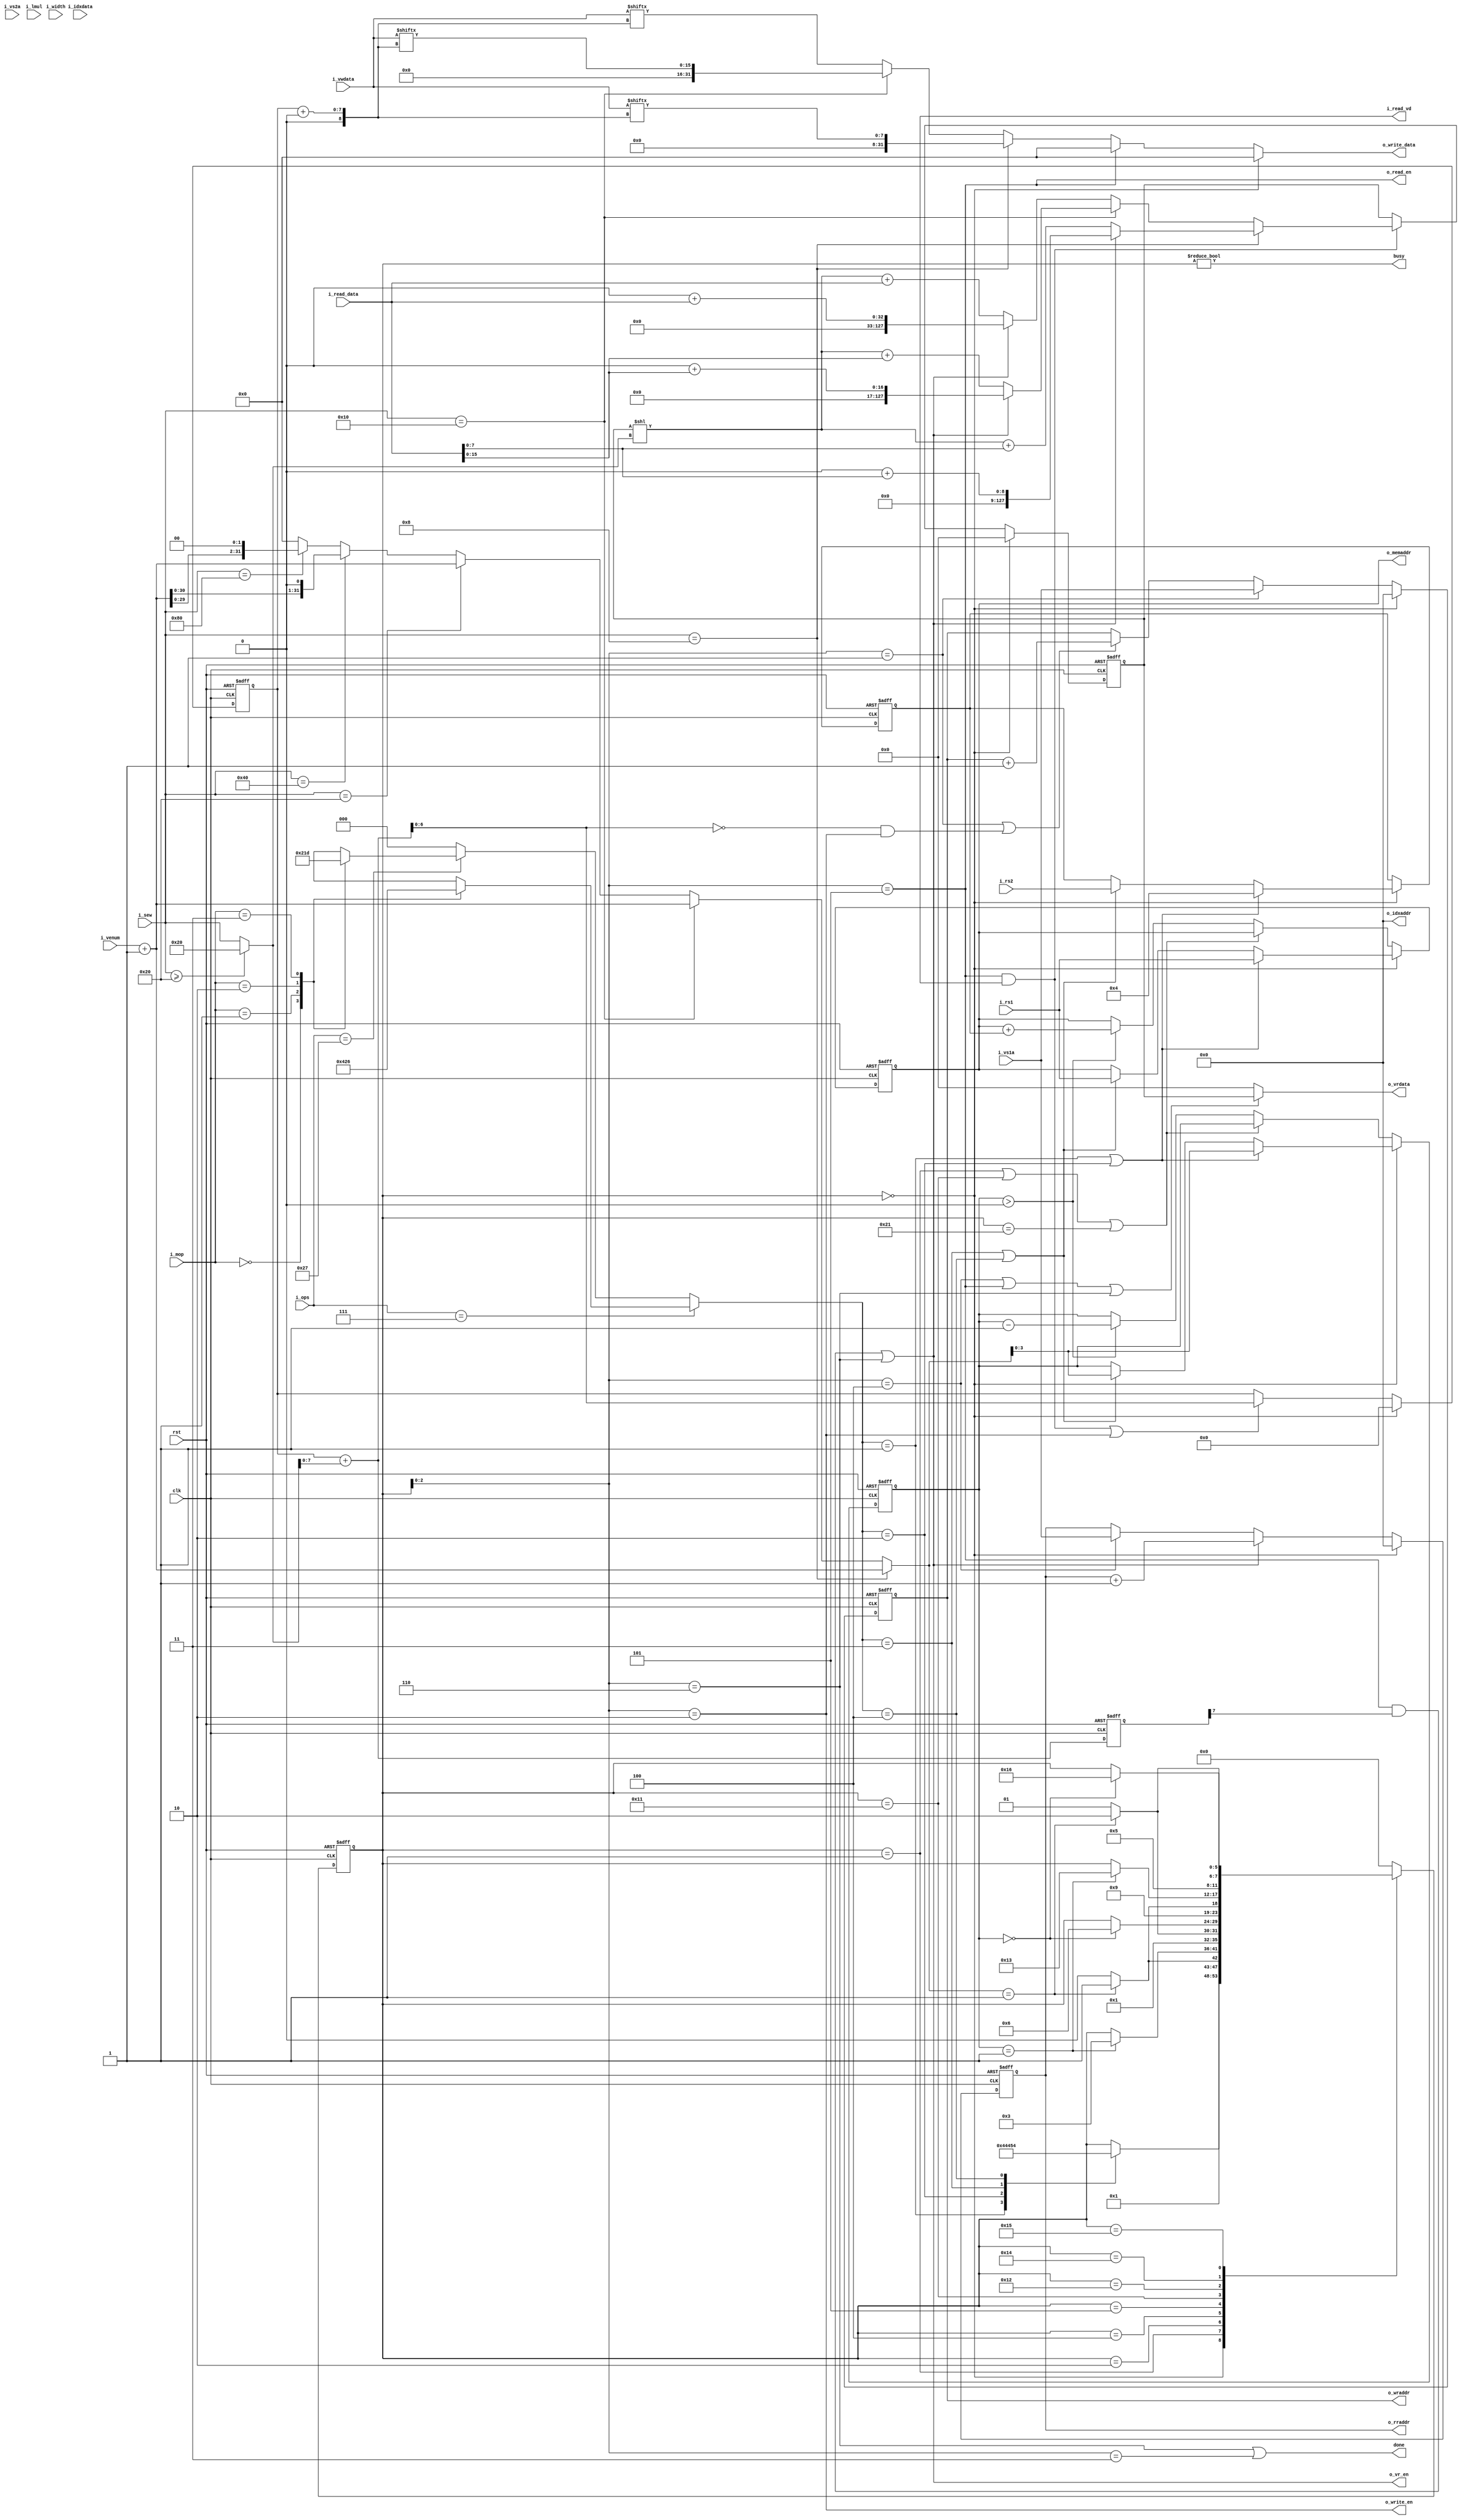
module vma #(
	parameter	VLEN	=	128
) (
	input		clk,
	input		rst,

	output		busy,
	output		done,
	
	input	[6:0]		i_ops,		// operation
	input	[1:0]		i_mop,		// memory access operation
	input	[2:0]		i_width,	// width parameter (not used)

	input	[31:0]		i_rs1,		// register file 1
	input	[31:0]		i_rs2,		// register file 2

	input	[4:0]		i_vs1a,		// vector reg 1 (store or load reg)
	input	[4:0]		i_vs2a,		// vector reg 2 (address offsets: not used)
	
	// Vector register access
	output	[4:0]		o_wraddr,
	input	[VLEN-1:0]	i_vwdata,

	output	[4:0]		o_rraddr,
	output				o_vr_en,
	output	[VLEN-1:0]	o_vrdata,

	output	[4:0]		o_idxaddr,
	input	[VLEN-1:0]	i_idxdata,

	// Read/Write length and other parameter
	input	[10:0]		i_sew,
	input	[3:0]		i_lmul,
	input	[31:0]		i_venum,

	// Memory interface access
	output				o_write_en,
	output	[31:0]		o_write_data,

	output				o_read_en,
	output				i_read_vd,
	input	[31:0]		i_read_data,
	output	[31:0]		o_memaddr
);
	// implement "Unit Stride" and "Stride" instruction
	// Vector masking not implemented (future work)

	parameter	CVLEN	=	$clog2(VLEN/32 - 1);

	wire	[31:0]	w_memlen;
	assign	w_memlen	=	(i_sew == 11'h08)	? i_venum + 1			:	// 8bit
							(i_sew == 11'h10)	? i_venum + 1			:	// 16bit
							(i_sew == 11'h20)	? i_venum + 1			:	// 32bit
							(i_sew == 11'h40)	? (i_venum + 1) << 1	:	// 64bit
							(i_sew == 11'h80)	? (i_venum + 1) << 2	:	// 128bit
							32'h0;


	parameter	IDLE		=	'h00,
				STORE_S		=	'h01,	// Normal Store
				STORE		=	'h02,
				STORE_L		=	'h03,
				LOAD_S		=	'h04,	// Normal Load
				LOAD		=	'h05,
				LOAD_L		=	'h06,
				SSTORE_S	=	'h11,	// Stride Store
				SSTORE		=	'h12,
				SSTORE_L	=	'h13,
				SLOAD_S		=	'h14,	// Stride Load
				SLOAD		=	'h15,
				SLOAD_L		=	'h16,
				ISTORE_S	=	'h21,	// Index Store
				ISTORE		=	'h22,
				ISTORE_L	=	'h23,
				ILOAD_S		=	'h24,	// Index Load
				ILOAD		=	'h25,
				ILOAD_L		=	'h26
				;

	parameter	NOP			=	'h0,
				TRANS_ST	=	'h1,
				TRANS_LD	=	'h2,
				TRANS_SST	=	'h3,
				TRANS_SLD	=	'h4,
				TRANS_IST	=	'h5,
				TRANS_ILD	=	'h6
				;

	wire	[31:0]	w_ops;

	function [2:0] ops_dec(
		input	[6:0]	fi_ops,
		input	[1:0]	fi_mop
	);
		if (fi_ops == 7'h07) begin
			case (fi_mop)
				2'b00:	ops_dec = TRANS_LD;
				2'b01:	ops_dec = NOP;
				2'b10:	ops_dec = TRANS_SLD;
				2'b11:	ops_dec = TRANS_ILD;
			endcase
		end else if (fi_ops == 7'h27) begin
			case (fi_mop)
				2'b00:	ops_dec = TRANS_ST;
				2'b01:	ops_dec = NOP;
				2'b10:	ops_dec = TRANS_SST;
				2'b11:	ops_dec = TRANS_IST;
			endcase
		end else begin
			ops_dec = NOP;
		end
	endfunction

	assign	w_ops		=	ops_dec(i_ops, i_mop);

	// Control Register
	reg		[5:0]	r_state;
	reg		[3:0]	r_addr_count;

	assign	busy		=	(r_state != IDLE);
	
	always @( posedge clk or posedge rst ) begin
		if (rst) begin
			r_state	<=	IDLE;
		end else begin
			case (r_state)
				IDLE: begin // State Machine Start
					case (w_ops)
						TRANS_ST :	r_state	<=	STORE_S;
						TRANS_LD :	r_state	<=	LOAD_S;
						TRANS_SST:	r_state	<=	SSTORE_S;
						TRANS_SLD:	r_state	<=	SLOAD_S;
						default  :	r_state	<=	r_state; 
					endcase
				end
				STORE_S: begin
					if (w_memlen == 1) begin
						r_state	<=	STORE_L;
					end else begin
						r_state	<=	STORE;
					end
				end
				STORE: begin
					if (r_addr_count == 1) begin
						r_state	<=	STORE_L;
					end
				end
				STORE_L: begin
					r_state	<=	IDLE;
				end
				LOAD_S: begin
					if (w_memlen == 1) begin
						r_state	<=	LOAD_L;
					end else begin
						r_state	<=	LOAD;
					end
				end
				LOAD: begin
					if (r_addr_count == 0) begin
						r_state	<=	LOAD_L;
					end
				end
				LOAD_L: begin
					r_state	<=	IDLE;
				end
				SSTORE_S: begin
					if (w_memlen == 1) begin
						r_state	<=	SSTORE_L;
					end else begin
						r_state	<=	SSTORE;
					end
				end
				SSTORE: begin
					if (r_addr_count == 1) begin
						r_state	<=	SSTORE_L;
					end
				end
				SSTORE_L: begin
					r_state	<=	IDLE;
				end
				SLOAD_S: begin
					if (w_memlen == 1) begin
						r_state	<=	SLOAD_L;
					end else begin
						r_state	<=	SLOAD;
					end
				end
				SLOAD: begin
					if (r_addr_count == 0) begin
						r_state	<=	SLOAD_L;
					end
				end
				SLOAD_L: begin
					r_state	<=	IDLE;
				end
				default: r_state	<=	IDLE;
			endcase
		end
	end

	assign	o_read_en		= (r_state[2:0] == LOAD);
	assign	o_write_en		= (r_state[2:0] == STORE);

	assign	done			= (r_state[2:0] == LOAD_L || r_state[2:0] == STORE_L);

	// Memory Address Controller
	reg		[31:0]	r_maddr = 0;
	reg		[31:0]	r_accaddr = 0;

	assign	o_memaddr	= r_maddr;

	always @(posedge clk or posedge rst) begin
		if (rst) begin
			r_maddr			<=	32'h0;
			r_accaddr		<=	32'h0;
			r_addr_count	<=	4'h0;
		end else begin
			if ((r_state == IDLE)) begin
				if (w_ops == TRANS_ST || w_ops == TRANS_LD) begin
					r_maddr			<=	i_rs1;
					r_accaddr		<=	4;
					r_addr_count	<=	w_memlen;
				end else if (w_ops == TRANS_SST || w_ops == TRANS_SLD) begin
					r_maddr			<=	i_rs1;
					r_accaddr		<=	i_rs2;
					r_addr_count	<=	w_memlen;
				end
				
			end else if ((r_state == STORE_S) || (r_state == SSTORE_S) || (r_state == ISTORE_S)) begin
				r_maddr			<=	r_maddr;
			end else begin
				if (r_addr_count > 0) begin
					r_maddr			<=	r_maddr + r_accaddr;
					r_addr_count	<=	r_addr_count - 1;
				end
			end
		end
	end

	// V Register Controller
	reg		[VLEN-1:0]	r_tmp_vreg;

	parameter	VLENMEM = $clog2(VLEN - 1);
	reg		[VLENMEM-1:0]	r_vccount;
	reg		[VLENMEM:0]		r_vc_next_overflow;
	wire	[VLENMEM-1:0]	w_next_vcccount;
	wire					w_vec_load;		// load data to vector register flag
	wire					w_vec_store;	// store data from vector register flag

	wire	[10:0]	w_vccw;
	assign	w_vccw			=	(i_sew >= 11'h20) ? 32 : i_sew;
	assign	w_vec_load		=	(r_state[2:0] == LOAD && r_vc_next_overflow[VLENMEM]) || r_state[2:0] == LOAD_L;
	assign	w_vec_store 	=	(r_state[2:0] == STORE_S) || ((w_next_vcccount == 0) && r_state[2:0] == STORE);

	assign	w_next_vcccount = r_vccount + w_vccw;

	always @(posedge clk or posedge rst) begin
		if (rst) begin
			r_vccount			<=	'h0;
			r_vc_next_overflow	<=	'h0;
		end else begin
			if (r_state == IDLE) begin
				r_vccount			<=	0;
			end else if ((o_read_en & i_read_vd) | o_write_en) begin
				r_vccount			<=	w_next_vcccount;
			end
			r_vc_next_overflow	<= r_vccount + w_vccw;
		end
	end

	// Vector data configurator
	always @(posedge clk or posedge rst) begin
		if (rst) begin
			r_tmp_vreg		<=	'h0;
		end else begin
			if (r_state == IDLE) begin
				r_tmp_vreg	<=	0;
			end else if (o_read_en & i_read_vd) begin
				if (i_sew == 11'h08) begin
					if (w_vec_load) begin
						r_tmp_vreg	<=	'h0 + i_read_data[7:0];
					end else begin
						r_tmp_vreg	<=	(r_tmp_vreg << w_vccw) + i_read_data[7:0];
					end
				end else if (i_sew == 11'h10) begin
					if (w_vec_load) begin
						r_tmp_vreg	<=	'h0 + i_read_data[15:0];
					end else begin
						r_tmp_vreg	<=	(r_tmp_vreg << w_vccw) + i_read_data[15:0];
					end
				end else begin
					if (w_vec_load) begin
						r_tmp_vreg	<=	'h0 + i_read_data;
					end else begin
						r_tmp_vreg	<=	(r_tmp_vreg << w_vccw) + i_read_data;
					end
				end
			end /*else if (w_vec_store) begin
				r_tmp_vreg	<=	i_vwdata;
			end
			*/
		end
	end
	
	assign	o_write_data	=	(r_state == IDLE)		? 32'h0						:
								(r_state[2:0] == LOAD)	? 32'h0						:
								(i_sew == 11'h08)		? i_vwdata[r_vccount+:8]	:	// 8bit
								(i_sew == 11'h10)		? i_vwdata[r_vccount+:16]	:	// 16bit
														  i_vwdata[r_vccount+:32] 	;	// vec element

	assign	o_vrdata		=	(r_state[2:0] == LOAD_S || r_state[2:0] == LOAD || r_state[2:0] == LOAD_L) ? r_tmp_vreg : 'h0;

	// V Register Address Generator
	// Read
	reg		[4:0]	r_rsaddr;
	assign	o_rraddr		=	r_rsaddr;
	assign	o_vr_en			=	w_vec_load;
	always @(posedge clk or posedge rst) begin
		if (rst) begin
			r_rsaddr	<=	0;
		end else begin
			if (r_state == IDLE) begin
				r_rsaddr	<=	0;
			end else if (w_vec_load) begin
				r_rsaddr	<=	r_rsaddr + 1;
			end else if (r_state[2:0] == LOAD_S) begin
				r_rsaddr	<=	i_vs1a;
			end else begin
				r_rsaddr	<=	r_rsaddr;
			end
		end
	end

	// Write
	reg		[4:0]	r_wsaddr;
	assign	o_wraddr		=	r_wsaddr;
	always @(posedge clk or posedge rst) begin
		if (rst) begin
			r_wsaddr	<=	0;
		end else begin
			if (r_state == IDLE) begin
				r_wsaddr	<=	0;
			end else if (r_state[2:0] == STORE_S) begin
				r_wsaddr	<=	i_vs1a;
			end else if (w_vec_store) begin
				r_wsaddr	<=	r_wsaddr + 1;
			end else begin
				r_wsaddr	<=	r_wsaddr;
			end
		end
	end

	assign	o_maskaddr	=	0;
	assign	o_idxaddr	=	0;
endmodule